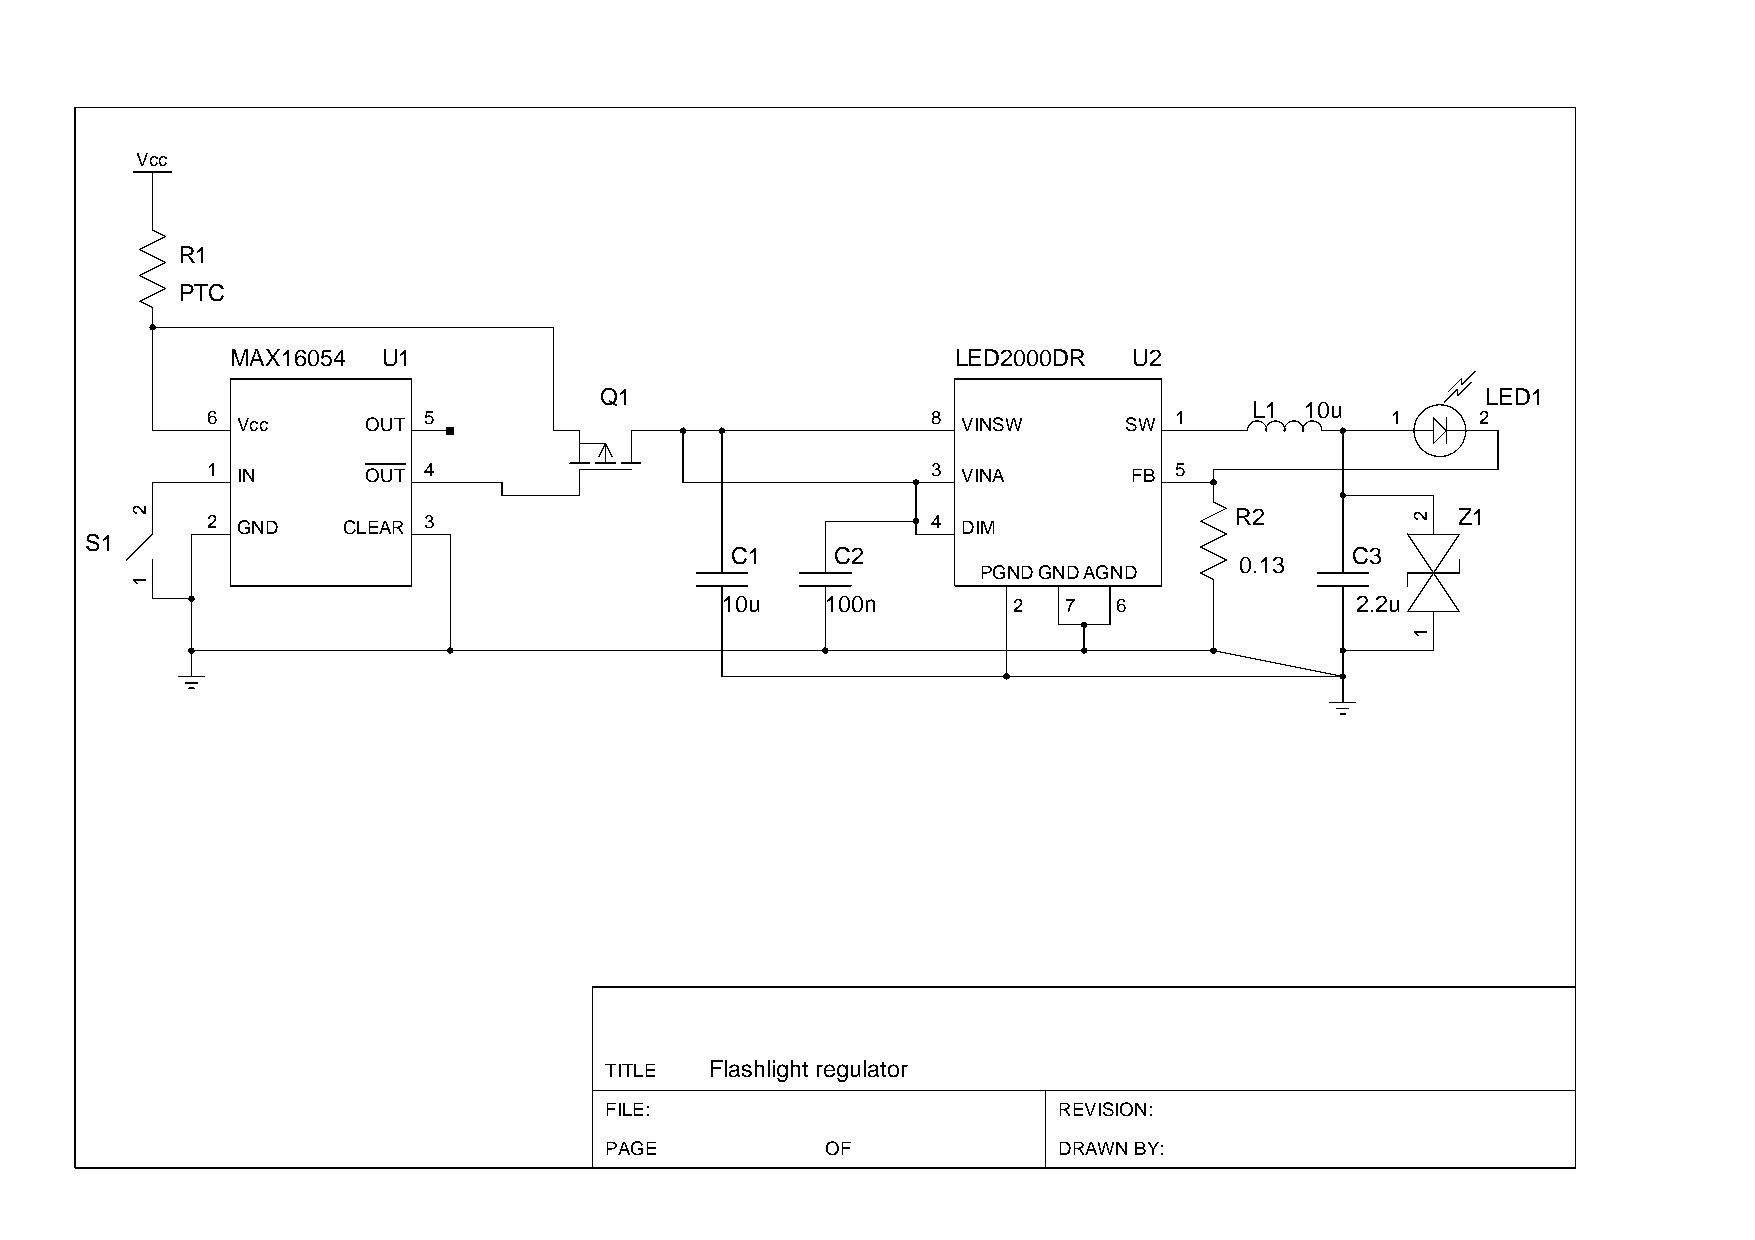
Vcc
 R1
 PTC
 MAX16054  U1                                    LED2000DR   U2
 Q1                                                        LED1
 L1 10u
 6             5                                 8               1             1     2
 Vcc     OUT                                     VINSW     SW
 1             4                                 3               5
 IN      OUT                                     VINA       FB
 2             3                                 4                   R2            Z1
 GND    CLEAR                                    DIM
 S1
 C1     C2                                C3
 0.13
 PGNDGNDAGND
 10u    100n        2  7   6               2.2u
 TITLE  Flashlight regulator
 FILE:                         REVISION:
 PAGE           OF             DRAWN BY:
 2
 1
 2
 1